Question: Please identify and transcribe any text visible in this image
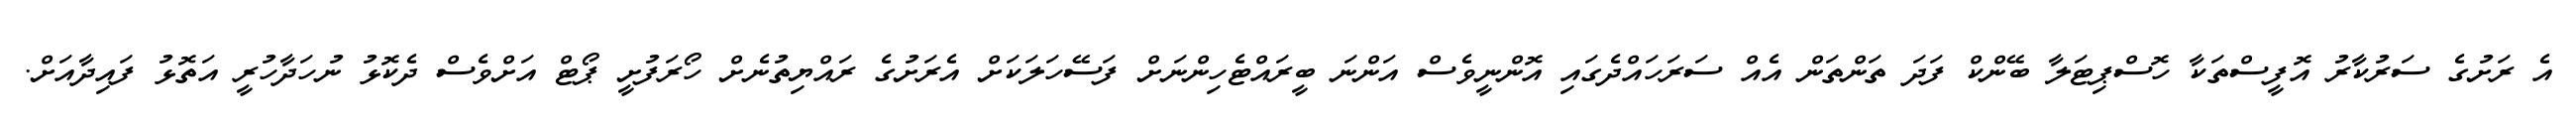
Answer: އެ ރަށުގެ ސަރުކާރު އޮފީސްތަކާ ހޮސްޕިޓަލާ ބޭންކް ފަދަ ތަންތަން އެއް ސަރަހައްދެގައި އޮންނީވެސް އަންނަ ބީރައްޓެހިންނަށް ފަސޭހަލަކަށް އެރަށުގެ ރައްޔިތުނެށް ހޯރަފުށީ ޕޯޓް އަށްވެސް ދެކޮޅު ނުހަދާހުރީ އަތޮޅު ފައިދާއަށް.